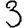
Digit: 3